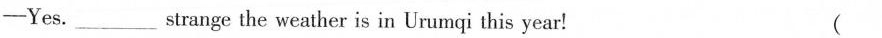
—Yes.___strange the weather is in Urumqi this year! ( )